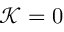
\mathcal { K } = 0